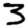
Digit: 3